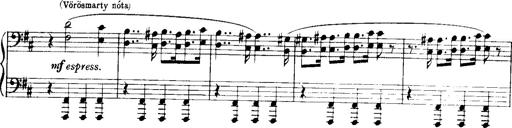
Title: Historische ungarische Bildnisse
Composer: Franz Liszt